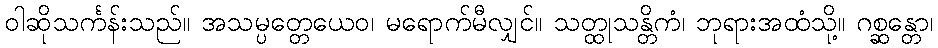
ဝါဆိုသင်္ကန်းသည်။ အသမ္ပတ္တေယေဝ၊ မရောက်မီလျှင်။ သတ္ထုသန္တိကံ၊ ဘုရားအထံသို့။ ဂစ္ဆန္တော၊